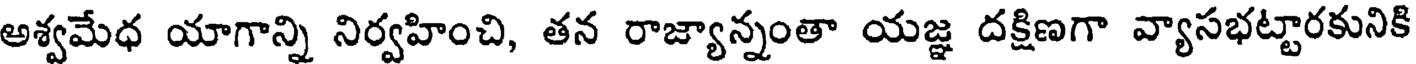
అశ్వమేధ యాగాన్ని నిర్వహించి, తన రాజ్యాన్నంతా యజ్ఞ దక్షిణగా వ్యాసభట్టారకునికి